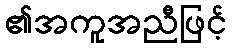
၏အကူအညီဖြင့်